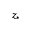
z _ { * }